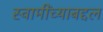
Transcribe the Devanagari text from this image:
स्वामींच्याबद्दल